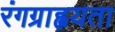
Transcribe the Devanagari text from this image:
रंगग्राह्वयता